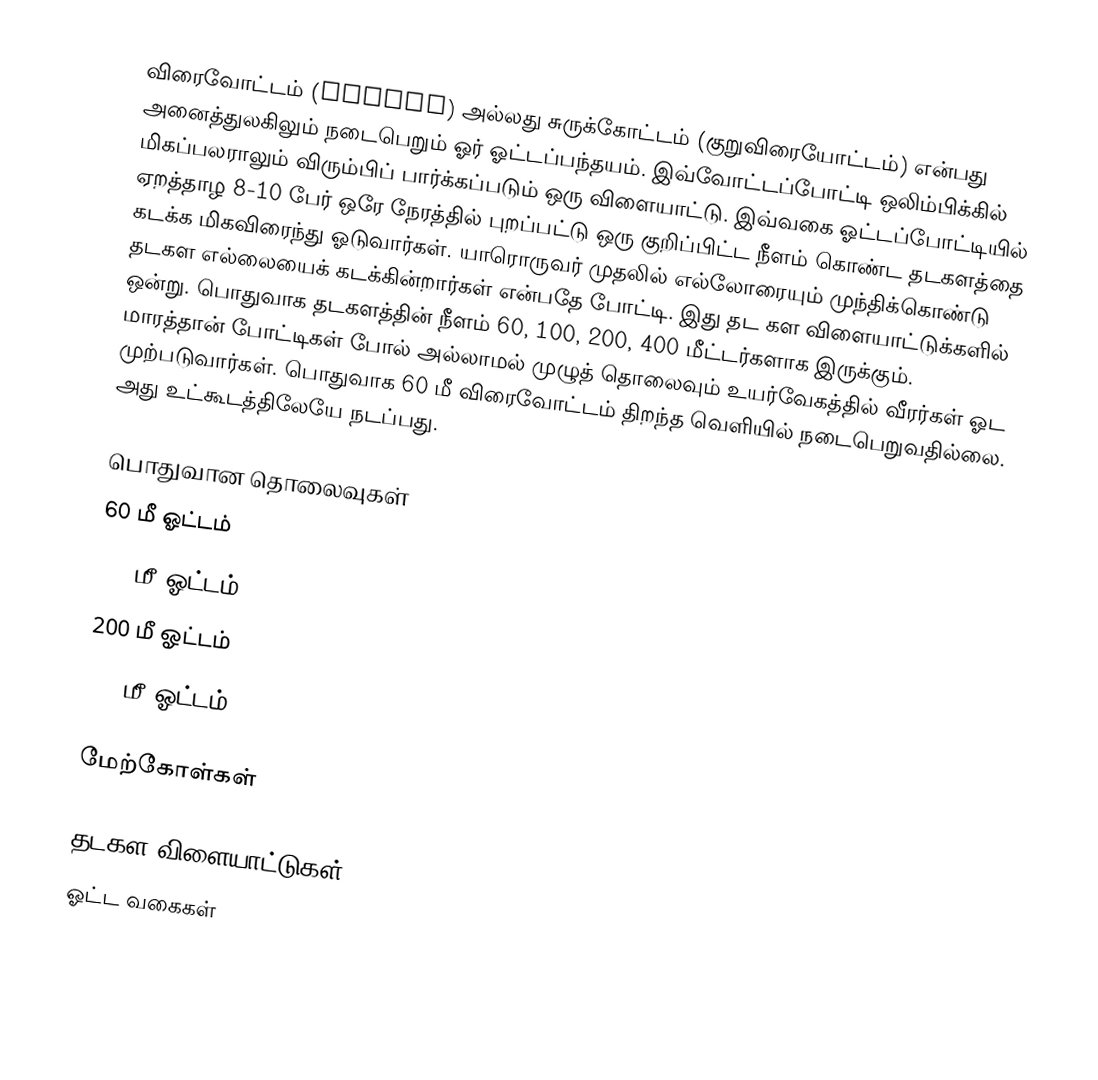
விரைவோட்டம் (sprint) அல்லது சுருக்கோட்டம் (குறுவிரையோட்டம்) என்பது அனைத்துலகிலும் நடைபெறும் ஓர் ஓட்டப்பந்தயம். இவ்வோட்டப்போட்டி ஒலிம்பிக்கில் மிகப்பலராலும் விரும்பிப் பார்க்கப்படும் ஒரு விளையாட்டு. இவ்வகை ஓட்டப்போட்டியில் ஏறத்தாழ 8-10 பேர் ஒரே நேரத்தில் புறப்பட்டு ஒரு குறிப்பிட்ட நீளம் கொண்ட தடகளத்தை கடக்க மிகவிரைந்து ஓடுவார்கள். யாரொருவர் முதலில் எல்லோரையும் முந்திக்கொண்டு தடகள எல்லையைக் கடக்கின்றார்கள் என்பதே போட்டி. இது தட கள விளையாட்டுக்களில் ஒன்று. பொதுவாக தடகளத்தின் நீளம் 60, 100, 200, 400 மீட்டர்களாக இருக்கும். மாரத்தான் போட்டிகள் போல் அல்லாமல் முழுத் தொலைவும் உயர்வேகத்தில் வீரர்கள் ஓட முற்படுவார்கள். பொதுவாக 60 மீ விரைவோட்டம் திறந்த வெளியில் நடைபெறுவதில்லை. அது உட்கூடத்திலேயே நடப்பது.

பொதுவான தொலைவுகள்
 60 மீ ஓட்டம்
 100 மீ ஓட்டம்
 200 மீ ஓட்டம்
 400 மீ ஓட்டம்

மேற்கோள்கள்

தடகள விளையாட்டுகள்
ஓட்ட வகைகள்